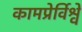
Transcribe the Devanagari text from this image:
कामप्रेर्विश्वे